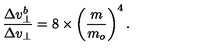
{ \frac { \Delta v _ { \bot } ^ { b } } { \Delta v _ { \bot } } } = 8 \times \left( { \frac { m } { m _ { o } } } \right) ^ { 4 } .